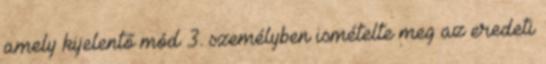
amely kijelentő mód 3. személyben ismételte meg az eredeti